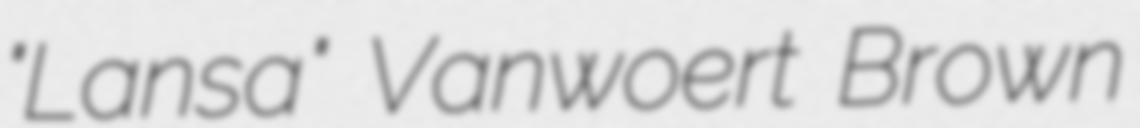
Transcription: "Lansa" Vanwoert Brown